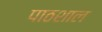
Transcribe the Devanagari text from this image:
पाठशाल